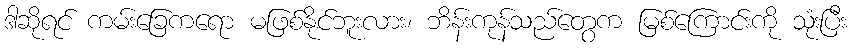
ဒါဆိုရင် ကမ်းခြေကရော မဖြစ်နိုင်ဘူးလား၊ ဘိန်းကုန်သည်တွေက မြစ်ကြောင်းကို သုံးပြီး